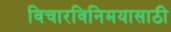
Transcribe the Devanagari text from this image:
विचारविनिमयासाठी